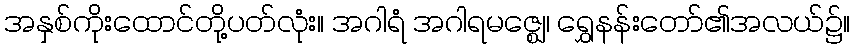
အနှစ်ကိုးထောင်တို့ပတ်လုံး။ အဂါရံ အဂါရမဇ္ဈေ၊ ရွှေနန်းတော်၏အလယ်၌။